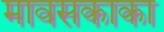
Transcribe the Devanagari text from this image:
मावसकाका